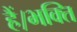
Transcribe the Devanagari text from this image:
हैं।भक्ति